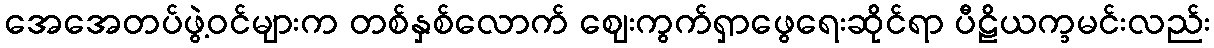
အေအေတပ်ဖွဲ့ဝင်များက တစ်နှစ်လောက် ဈေးကွက်ရှာဖွေရေးဆိုင်ရာ ပီဠိယက္ခမင်းလည်း